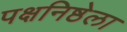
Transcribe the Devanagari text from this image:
पक्षनिष्ठेला